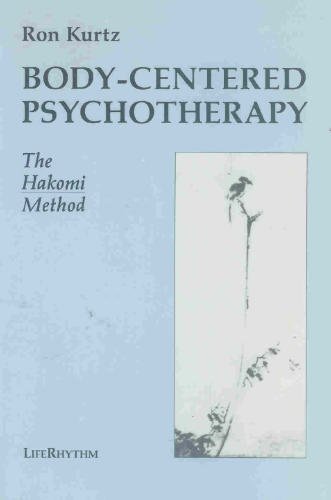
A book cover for Body-Centered Psychotherapy: The Hakomi Method: The Integrated Use of Mindfulness, Nonviolence and the Body; Ron Kurtz; Religion & Spirituality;